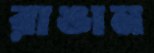
রাঙান